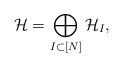
LaTeX: \begin{align*}\mathcal{H}=\bigoplus_{I\subset [N]} \mathcal{H}_I,\end{align*}